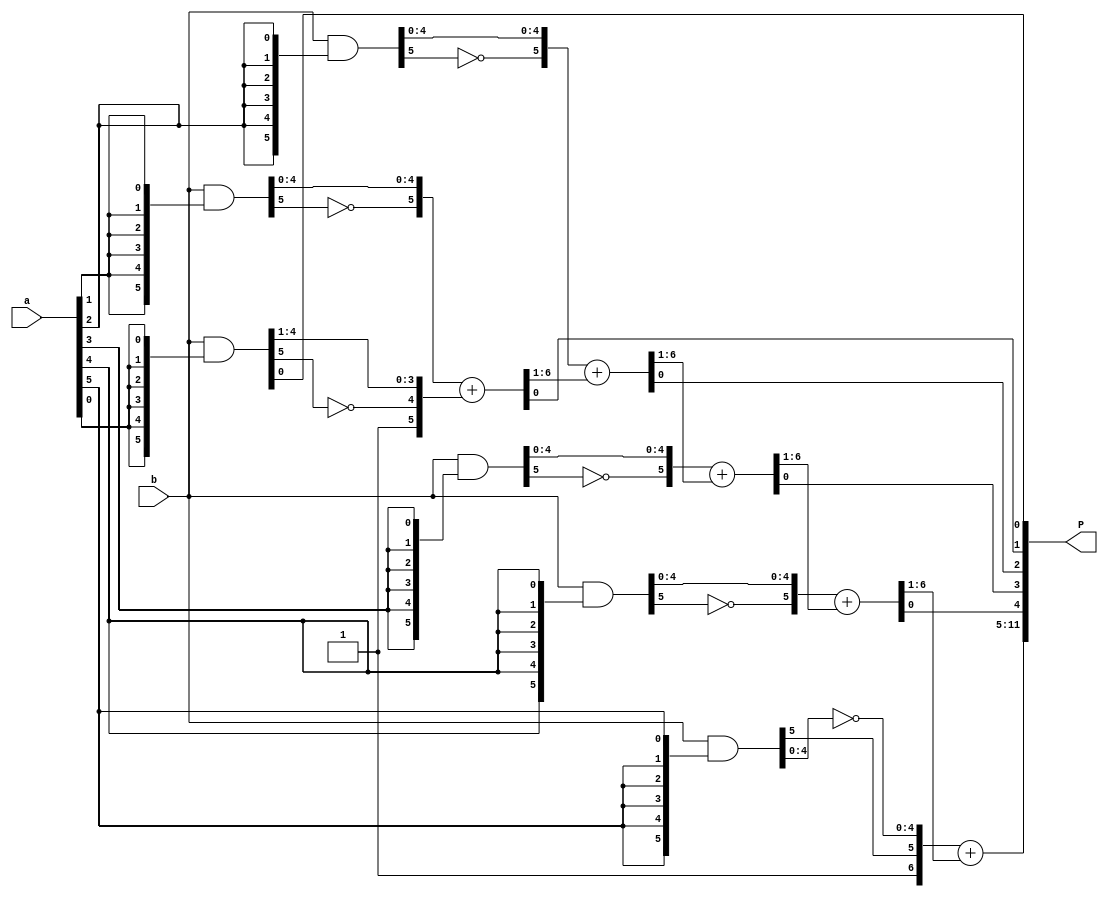
module array_mult_6bit (input [5:0] a, b, output [11:0] P);

	wire [5:0] pp0, pp1, pp2, pp3, pp4, pp5;
	wire [5:0] PP0, PP1, PP2, PP3, PP4;	// the Partial Products
	wire [6:0] PP5;		// The last Partial Product has extra bit
	wire [6:0] Isum1, Isum2, Isum3, Isum4;	// The Intermediate Sums

	// generate partial products
	assign pp0 = b & {6{a[0]}};
	assign PP0 = {1'b1,~pp0[5], pp0[4:1]};  // LSB (pp0[0]=a0a0) TO P[0]
	assign pp1 = b & {6{a[1]}};
	assign PP1 = {~pp1[5], pp1[4:0]};
	assign pp2 = b & {6{a[2]}};
	assign PP2 = {~pp2[5], pp2[4:0]};
	assign pp3 = b & {6{a[3]}};
	assign PP3 = {~pp3[5], pp3[4:0]};
	assign pp4 = b & {6{a[4]}};
	assign PP4 = {~pp4[5], pp4[4:0]};
	assign pp5 = b & {6{a[5]}};
	assign PP5 = {1'b1, pp5[5], ~pp5[4:0]};
	
	// The adders (the Intermediate Sums)	// Remember (pp0[0]) TO P[0]
	assign Isum1 = PP1 + PP0;		// Remember (Isum1[0]) TO P[1]
	assign Isum2 = PP2 + Isum1[6:1];	// Remember (Isum2[0]) TO P[2]
	assign Isum3 = PP3 + Isum2[6:1];	// Remember (Isum3[0]) TO P[3]
	assign Isum4 = PP4 + Isum3[6:1];	// Remember (Isum4[0]) TO P[4]
	assign P[11:5] = PP5 + Isum4[6:1];	// P has an extra bit for the carry
	// add the LSBs to P
	assign P[4:0] = {Isum4[0], Isum3[0], Isum2[0], Isum1[0], pp0[0]};
	
endmodule